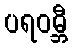
ပရဝမ္ဘီ